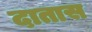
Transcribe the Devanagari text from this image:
दातास